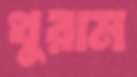
থুরাম